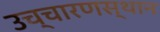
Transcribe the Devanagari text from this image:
उच्चारणस्थान